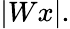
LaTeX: |Wx|.